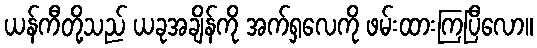
ယန်ကီတို့သည် ယခုအချိန်ကို အက်ရှလေကို ဖမ်းထားကြပြီလော။